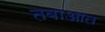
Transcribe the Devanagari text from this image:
तबाआत